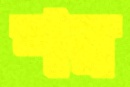
শর